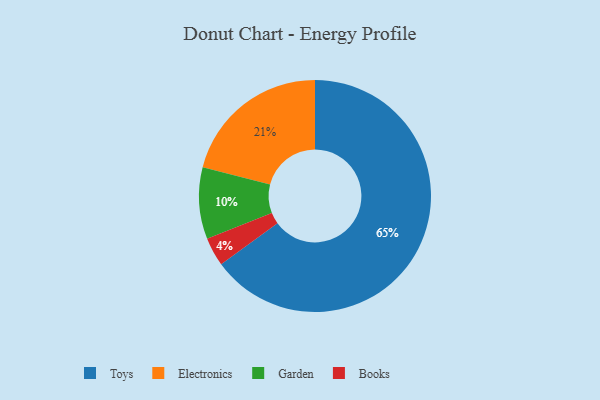
{"axis": {"x": "Category", "y": "Percentage"}, "legend": ["Books", "Electronics", "Garden", "Toys"], "data": [{"x": "Electronics", "y": 21, "type": "Electronics"}, {"x": "Toys", "y": 65, "type": "Toys"}, {"x": "Books", "y": 4, "type": "Books"}, {"x": "Garden", "y": 10, "type": "Garden"}]}